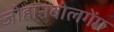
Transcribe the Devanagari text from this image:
जोहानवोलगेंग